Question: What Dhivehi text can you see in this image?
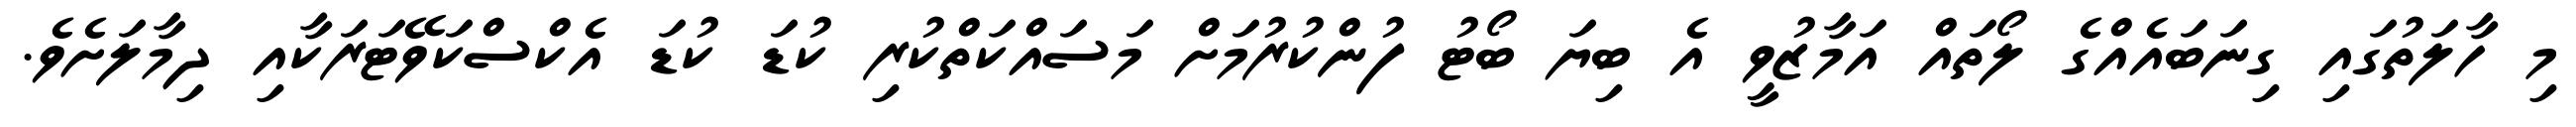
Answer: މި ހާލަތުގައި ގިނަބައެއްގެ ލޯތައް އަމާޒުވީ އެ ބިޔަ ބޯޓު ފުންކުރުމަށް މަސައްކަތްކުރި ކުޑަ ކުޑަ އެކްސްކަވޭޓަރަކާއި ދިމާލަށެވެ.